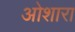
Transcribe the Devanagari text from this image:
ओशारा